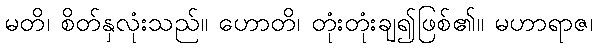
မတိ၊ စိတ်နှလုံးသည်။ ဟောတိ၊ တုံးတုံးချ၍ဖြစ်၏။ မဟာရာဇ၊